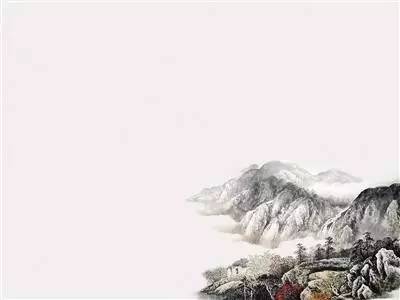
白下有山皆绕郭，清明无客不思家。